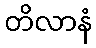
တိလာနံ